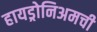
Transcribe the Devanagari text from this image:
हायड्रोनिअमची